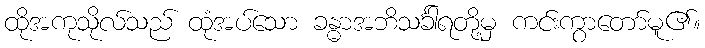
ထိုအကုသိုလ်သည် ထုံအပ်သော ခန္ဓာအဘိသင်္ခါရတို့မှ ကင်းကွာတော်မူ၏။